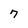
Character: 7